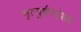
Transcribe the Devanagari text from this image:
मृत्युशैय्येवर